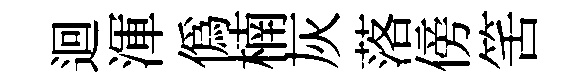
迴渾偽楠灰落傍筈